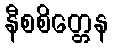
နီစစိတ္တေန